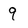
Character: 9